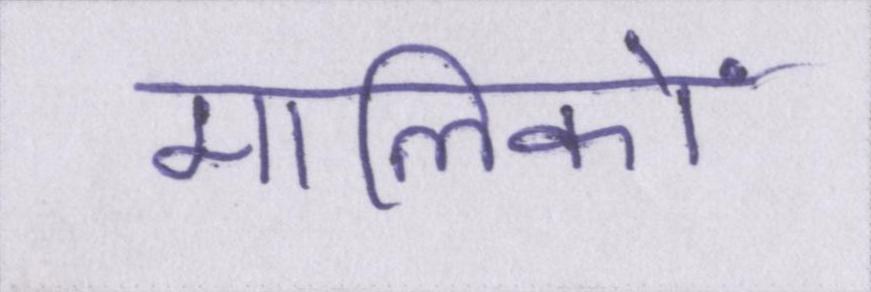
मालिकों